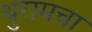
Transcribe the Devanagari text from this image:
थुरामचा